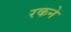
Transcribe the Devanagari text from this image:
रकने